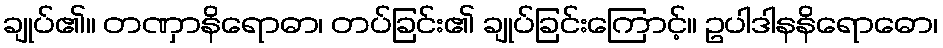
ချုပ်၏။ တဏှာနိရောဓာ၊ တပ်ခြင်း၏ ချုပ်ခြင်းကြောင့်။ ဥပါဒါနနိရောဓော၊